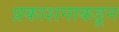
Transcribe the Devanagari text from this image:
प्रकाशनाकडून